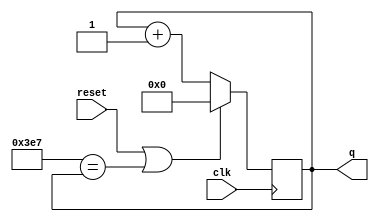
module top_module
(
    input			clk,
    input			reset,
    
    output	[9:0]	q
);
    
    always @ ( posedge clk ) begin
        if ( reset | ( 10'd999 == q ) )
            q	<=	0;
        else
            q	<=	q + 1; 
    end // always @

endmodule